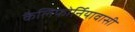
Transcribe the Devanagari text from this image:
कैलिफोर्नियावासी